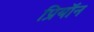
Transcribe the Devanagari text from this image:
प्रियॉन